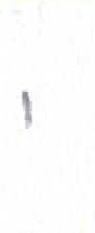
אות: י